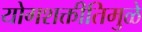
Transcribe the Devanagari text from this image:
योगशक्तीतिमुळे